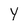
Character: Y